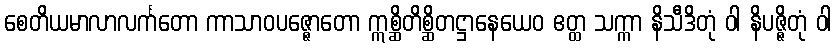
စေတိယမာလာလင်္ကတော ကာသာဝပဇ္ဇောတော ဣစ္ဆိတိစ္ဆိတဋ္ဌာနေယေဝ ဧတ္ထ သက္ကာ နိသီဒိတုံ ဝါ နိပဇ္ဇိတုံ ဝါ